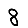
Digit: 8